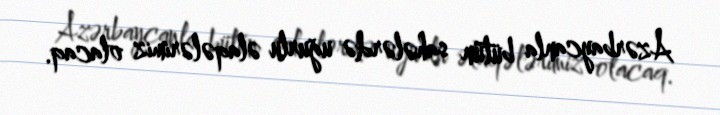
Azərbaycanla bütün sahələrdə uğurlu əlaqələrimiz olacaq.